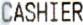
CASHIER